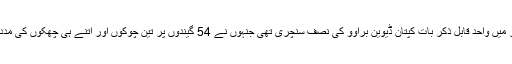
بے دلی سے مکمل ہونے والی اننگز میں واحد قابل ذکر بات کپتان ڈیوین براوو کی نصف سنچری تھی جنہوں نے 54 گیندوں پر تین چوکوں اور اتنے ہی چھکوں کی مدد سے ناقابل شکست 56 رنز بنائے۔